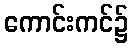
ကောင်းကင်၌